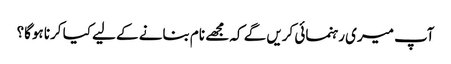
آپ میری رہنمائی کریں گے کہ مجھے نام بنانے کے لیے کیا کرنا ہوگا؟